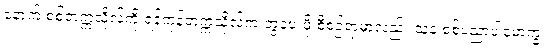
နောက် စစ်တက္ကသိုလ်ကို ရန်ကုန်တက္ကသိုလ်က ဘွဲ့ပေးဖို့ စီစဉ်ရာမှာလည်း သူနဲ့ စစ်ပညာပါမောက္ခ